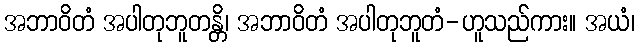
အဘာဝိတံ အပါတုဘူတန္တိ၊ အဘာဝိတံ အပါတုဘူတံ-ဟူသည်ကား။ အယံ၊